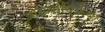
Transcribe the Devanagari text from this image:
आख्यायिकेचा